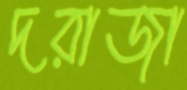
দরাজা